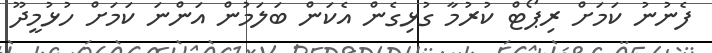
ފެނުނު ކަމަށް ރިޕޯޓް ކުރުމާ ގުޅިގެން އެކަން ބަލަމުން އަންނަ ކަމަށް ހުޅުމީދޫ